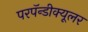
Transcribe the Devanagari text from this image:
परपॅन्डीक्यूलर